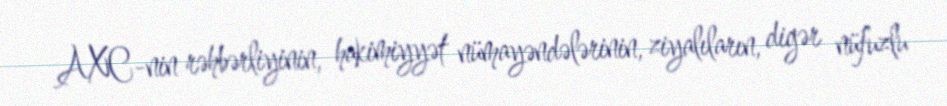
AXC-nin rəhbərliyinin, hakimiyyət nümayəndələrinin, ziyalıların, digər nüfuzlu